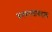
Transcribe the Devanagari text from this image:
बनवल्याबद्दल